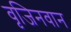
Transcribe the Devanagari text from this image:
वृजिनवान